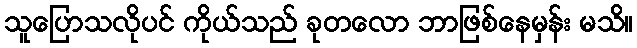
သူပြောသလိုပင် ကိုယ်သည် ခုတလော ဘာဖြစ်နေမှန်း မသိ။